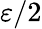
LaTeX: \varepsilon/2